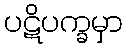
ပဋိပက္ခမှာ